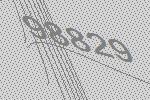
98829